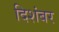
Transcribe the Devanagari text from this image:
दिशंबर